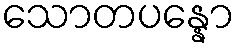
သောတပန္နော